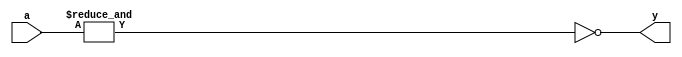
module ttl_7430(
    input [7:0] a,
    output y
);
    assign y = !&a;
endmodule